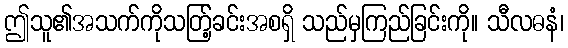
ဤသူ၏အသက်ကိုသတ်ြ့ခင်းအစရှိ သည်မှကြည်ခြင်းကို။ သီလဓနံ၊